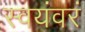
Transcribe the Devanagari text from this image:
स्वयंवरं